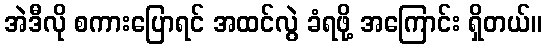
အဲဒီလို စကားပြောရင် အထင်လွဲ ခံရဖို့ အကြောင်း ရှိတယ်။